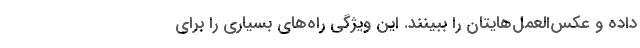
داده و عکس‌العمل‌هایتان را ببینند. این ویژگی راه‌های بسیاری را برای